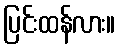
ပြင်းထန်လား။